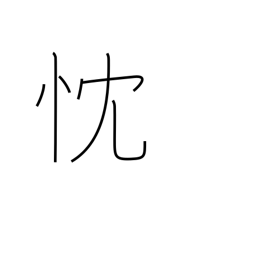
Meaning: sincere